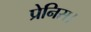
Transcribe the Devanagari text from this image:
प्रेनिस।